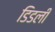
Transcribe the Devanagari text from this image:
डिडली